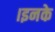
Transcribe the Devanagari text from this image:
।इनके